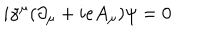
LaTeX: i { \gamma } ^ { \mu } ( { \partial } _ { \mu } + i e A _ { \mu } ) { \psi } = 0